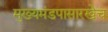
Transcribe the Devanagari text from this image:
मुख्यमंडपासारखेच